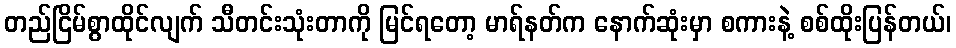
တည်ငြိမ်စွာထိုင်လျက် သီတင်းသုံးတာကို မြင်ရတော့ မာရ်နတ်က နောက်ဆုံးမှာ စကားနဲ့ စစ်ထိုးပြန်တယ်၊